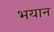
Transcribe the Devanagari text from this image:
भयान